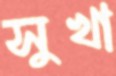
সুখা